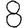
Digit: 8